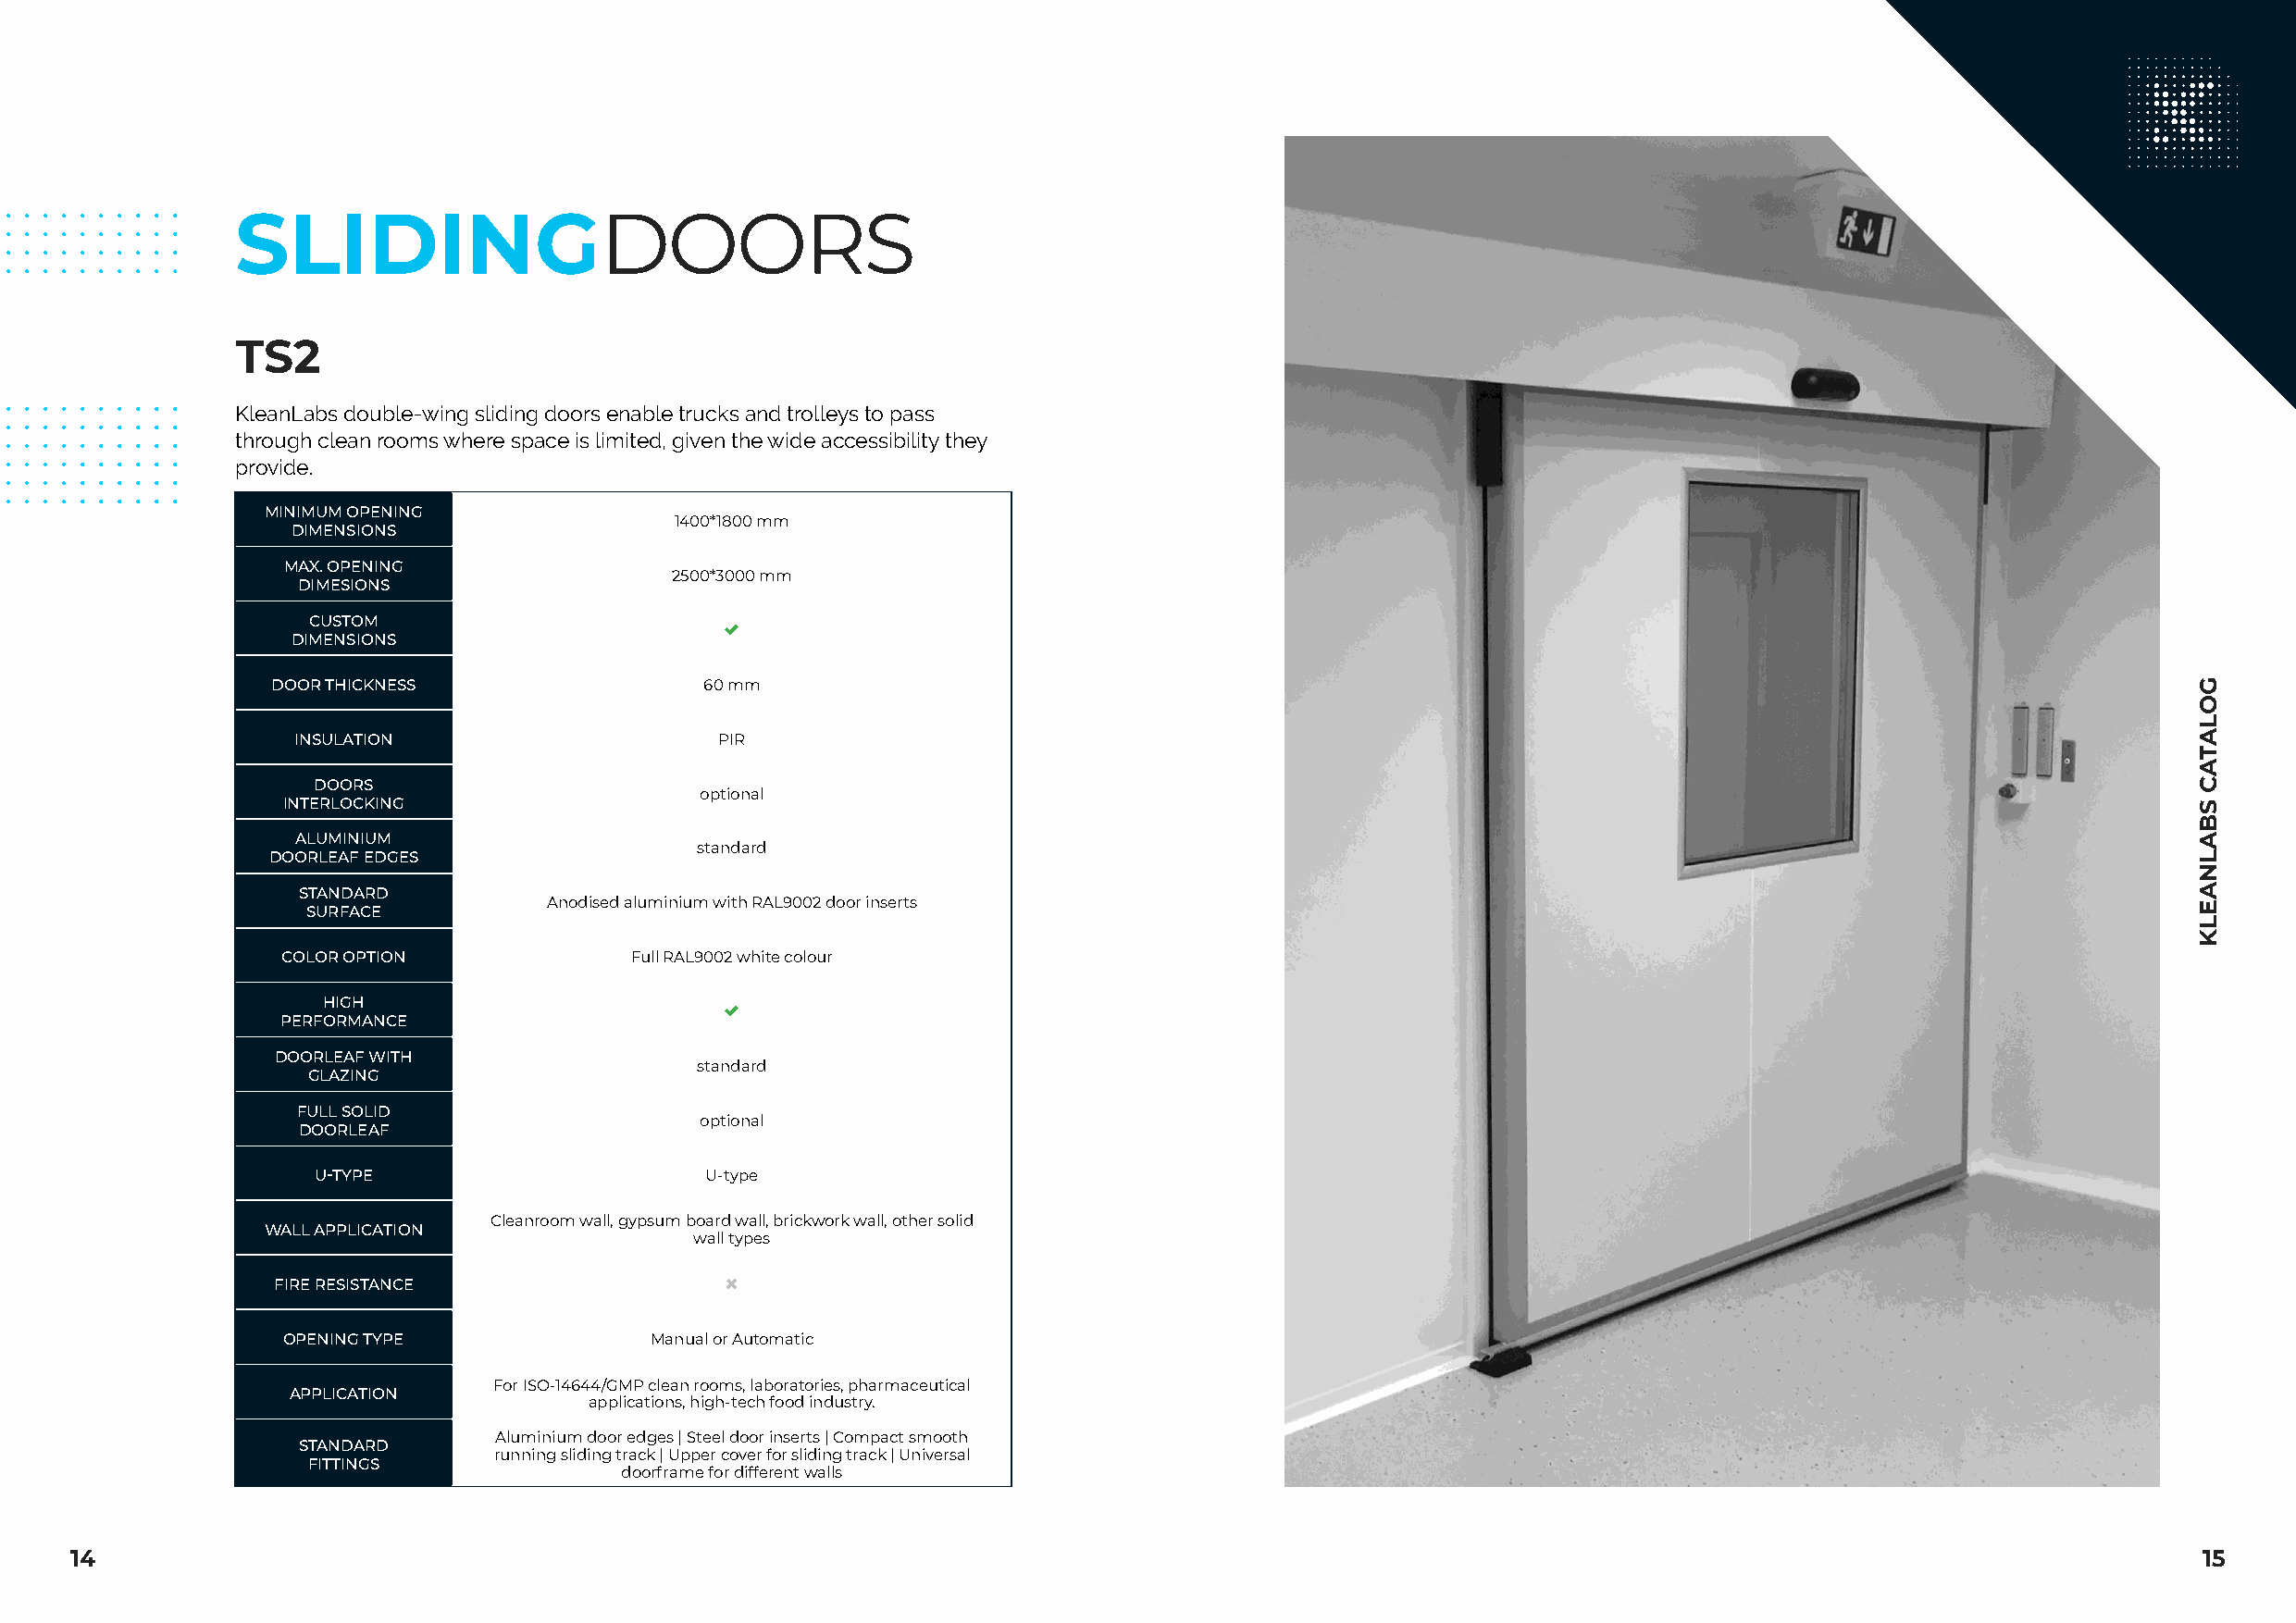
SLIDINGDOORS
 TS2
 KleanLabs double-wing sliding doors enable trucks and trolleys to pass
 through clean rooms where space is limited, given the wide accessibility they
 provide.
 MINIMUM OPENING
 1400*1800 mm
 DIMENSIONS
 MAX. OPENING
 2500*3000 mm
 DIMESIONS
 CUSTOM
 
 DIMENSIONS
 DOOR THICKNESS                 60 mm
 INSULATION                    PIR
 DOORS
 optional
 INTERLOCKING
 ALUMINIUM
 standard
 DOORLEAF EDGES
 STANDARD
 Anodised aluminium with RAL9002 door inserts
 SURFACE
 COLOR OPTION             Full RAL9002 white colour
 HIGH
 
 PERFORMANCE
 DOORLEAF WITH
 standard
 GLAZING
 FULL SOLID
 optional
 DOORLEAF
 U-TYPE                     U-type
 Cleanroom wall, gypsum board wall, brickwork wall, other solid
 WALL APPLICATION
 wall types
 FIRE RESISTANCE                 
 OPENING TYPE               Manual or Automatic
 For ISO-14644/GMP clean rooms, laboratories, pharmaceutical
 APPLICATION
 applications, high-tech food industry.
 Aluminium door edges | Steel door inserts | Compact smooth
 STANDARD
 running sliding track | Upper cover for sliding track | Universal
 FITTINGS
 doorframe for different walls
 14                                                                                                                                                       15
 GOLATAC
 SBALNAELK